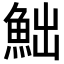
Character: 𩶌